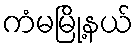
ကံမမြို့နယ်